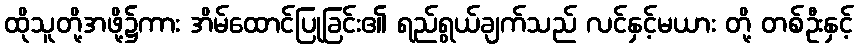
ထိုသူတို့အဖို့၌ကား အိမ်ထောင်ပြုခြင်း၏ ရည်ရွယ်ချက်သည် လင်နှင့်မယား တို့ တစ်ဦးနှင့်